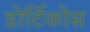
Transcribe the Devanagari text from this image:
डोर्टिकोस